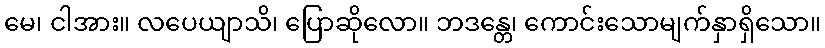
မေ၊ ငါအား။ လပေယျာသိ၊ ပြောဆိုလော။ ဘဒန္တေ၊ ကောင်းသောမျက်နှာရှိသော။